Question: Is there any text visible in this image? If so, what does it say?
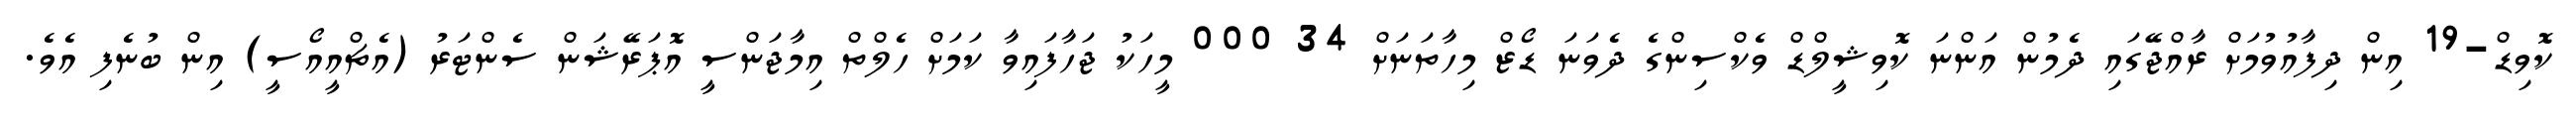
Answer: ކޮވިޑް-19 އިން ދިފާއުވުމަށް ރާއްޖޭގައި ދެމުން އަންނަ ކޮވިޝީލްޑް ވެކްސިންގެ ދެވަނަ ޑޯޒް މިހާތަނަށް 34 000 މީހަކު ޖަހާފައިވާ ކަމަށް ހެލްތް އިމާޖަންސީ އޮޕަރޭޝަން ސެންޓަރު (އެޗްއީއޯސީ) އިން ބުނެފި އެވެ.